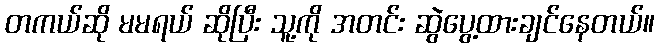
တကယ်ဆို မမရယ် ဆိုပြီး သူ့ကို အတင်း ဆွဲပွေ့ထားချင်နေတယ်။